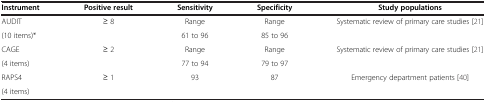
<table><thead><tr><td><b>Instrument</b></td><td><b>Positive result</b></td><td><b>Sensitivity</b></td><td><b>Specificity</b></td><td><b>Study populations</b></td></tr></thead><tbody><tr><td>AUDIT</td><td rowspan="2">≥ 8</td><td>Range</td><td>Range</td><td rowspan="2">Systematic review of primary care studies [21]</td></tr><tr><td>(10 items)*</td><td>61 to 96</td><td>85 to 96</td></tr><tr><td>CAGE</td><td rowspan="2">≥ 2</td><td>Range</td><td>Range</td><td rowspan="2">Systematic review of primary care studies [21]</td></tr><tr><td>(4 items)</td><td>77 to 94</td><td>79 to 97</td></tr><tr><td>RAPS4</td><td>≥ 1</td><td>93</td><td>87</td><td>Emergency department patients [40]</td></tr><tr><td>(4 items)</td><td colspan="4"> </td></tr></tbody></table>